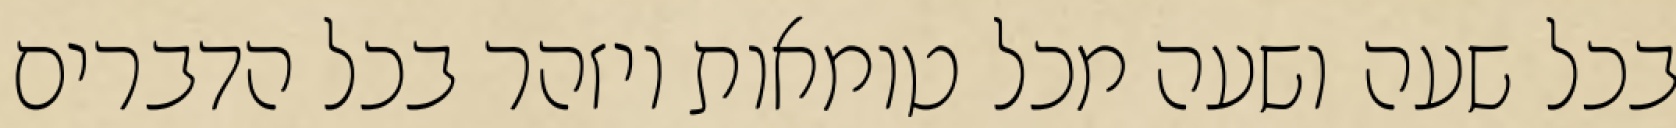
בכל שעה ושעה מכל טומאות ויזהר בכל הדברים